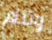
وتنام